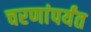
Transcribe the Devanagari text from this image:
चरणांपर्यंत